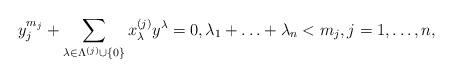
LaTeX: \begin{align*}y_j^{m_j} +\sum_{\lambda\in\Lambda^{(j)}\cup \{0\}} x_{\lambda}^{(j)} y^\lambda =0, \lambda_1+\ldots +\lambda_n<m_j, j=1,\ldots, n,\end{align*}